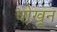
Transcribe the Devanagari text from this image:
चोखून